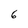
Character: 6